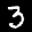
Label: 3